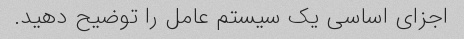
اجزای اساسی یک سیستم عامل را توضیح دهید.